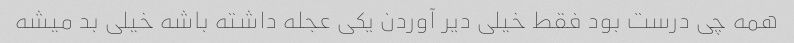
همه چی درست بود فقط خیلی دیر آوردن یکی عجله داشته باشه خیلی بد میشه